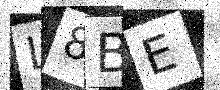
Text: L8BE